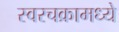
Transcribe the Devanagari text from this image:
स्वरचक्रामध्ये